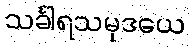
သင်္ခါရသမုဒယေ